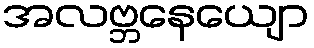
အလဗ္ဘနေယျော